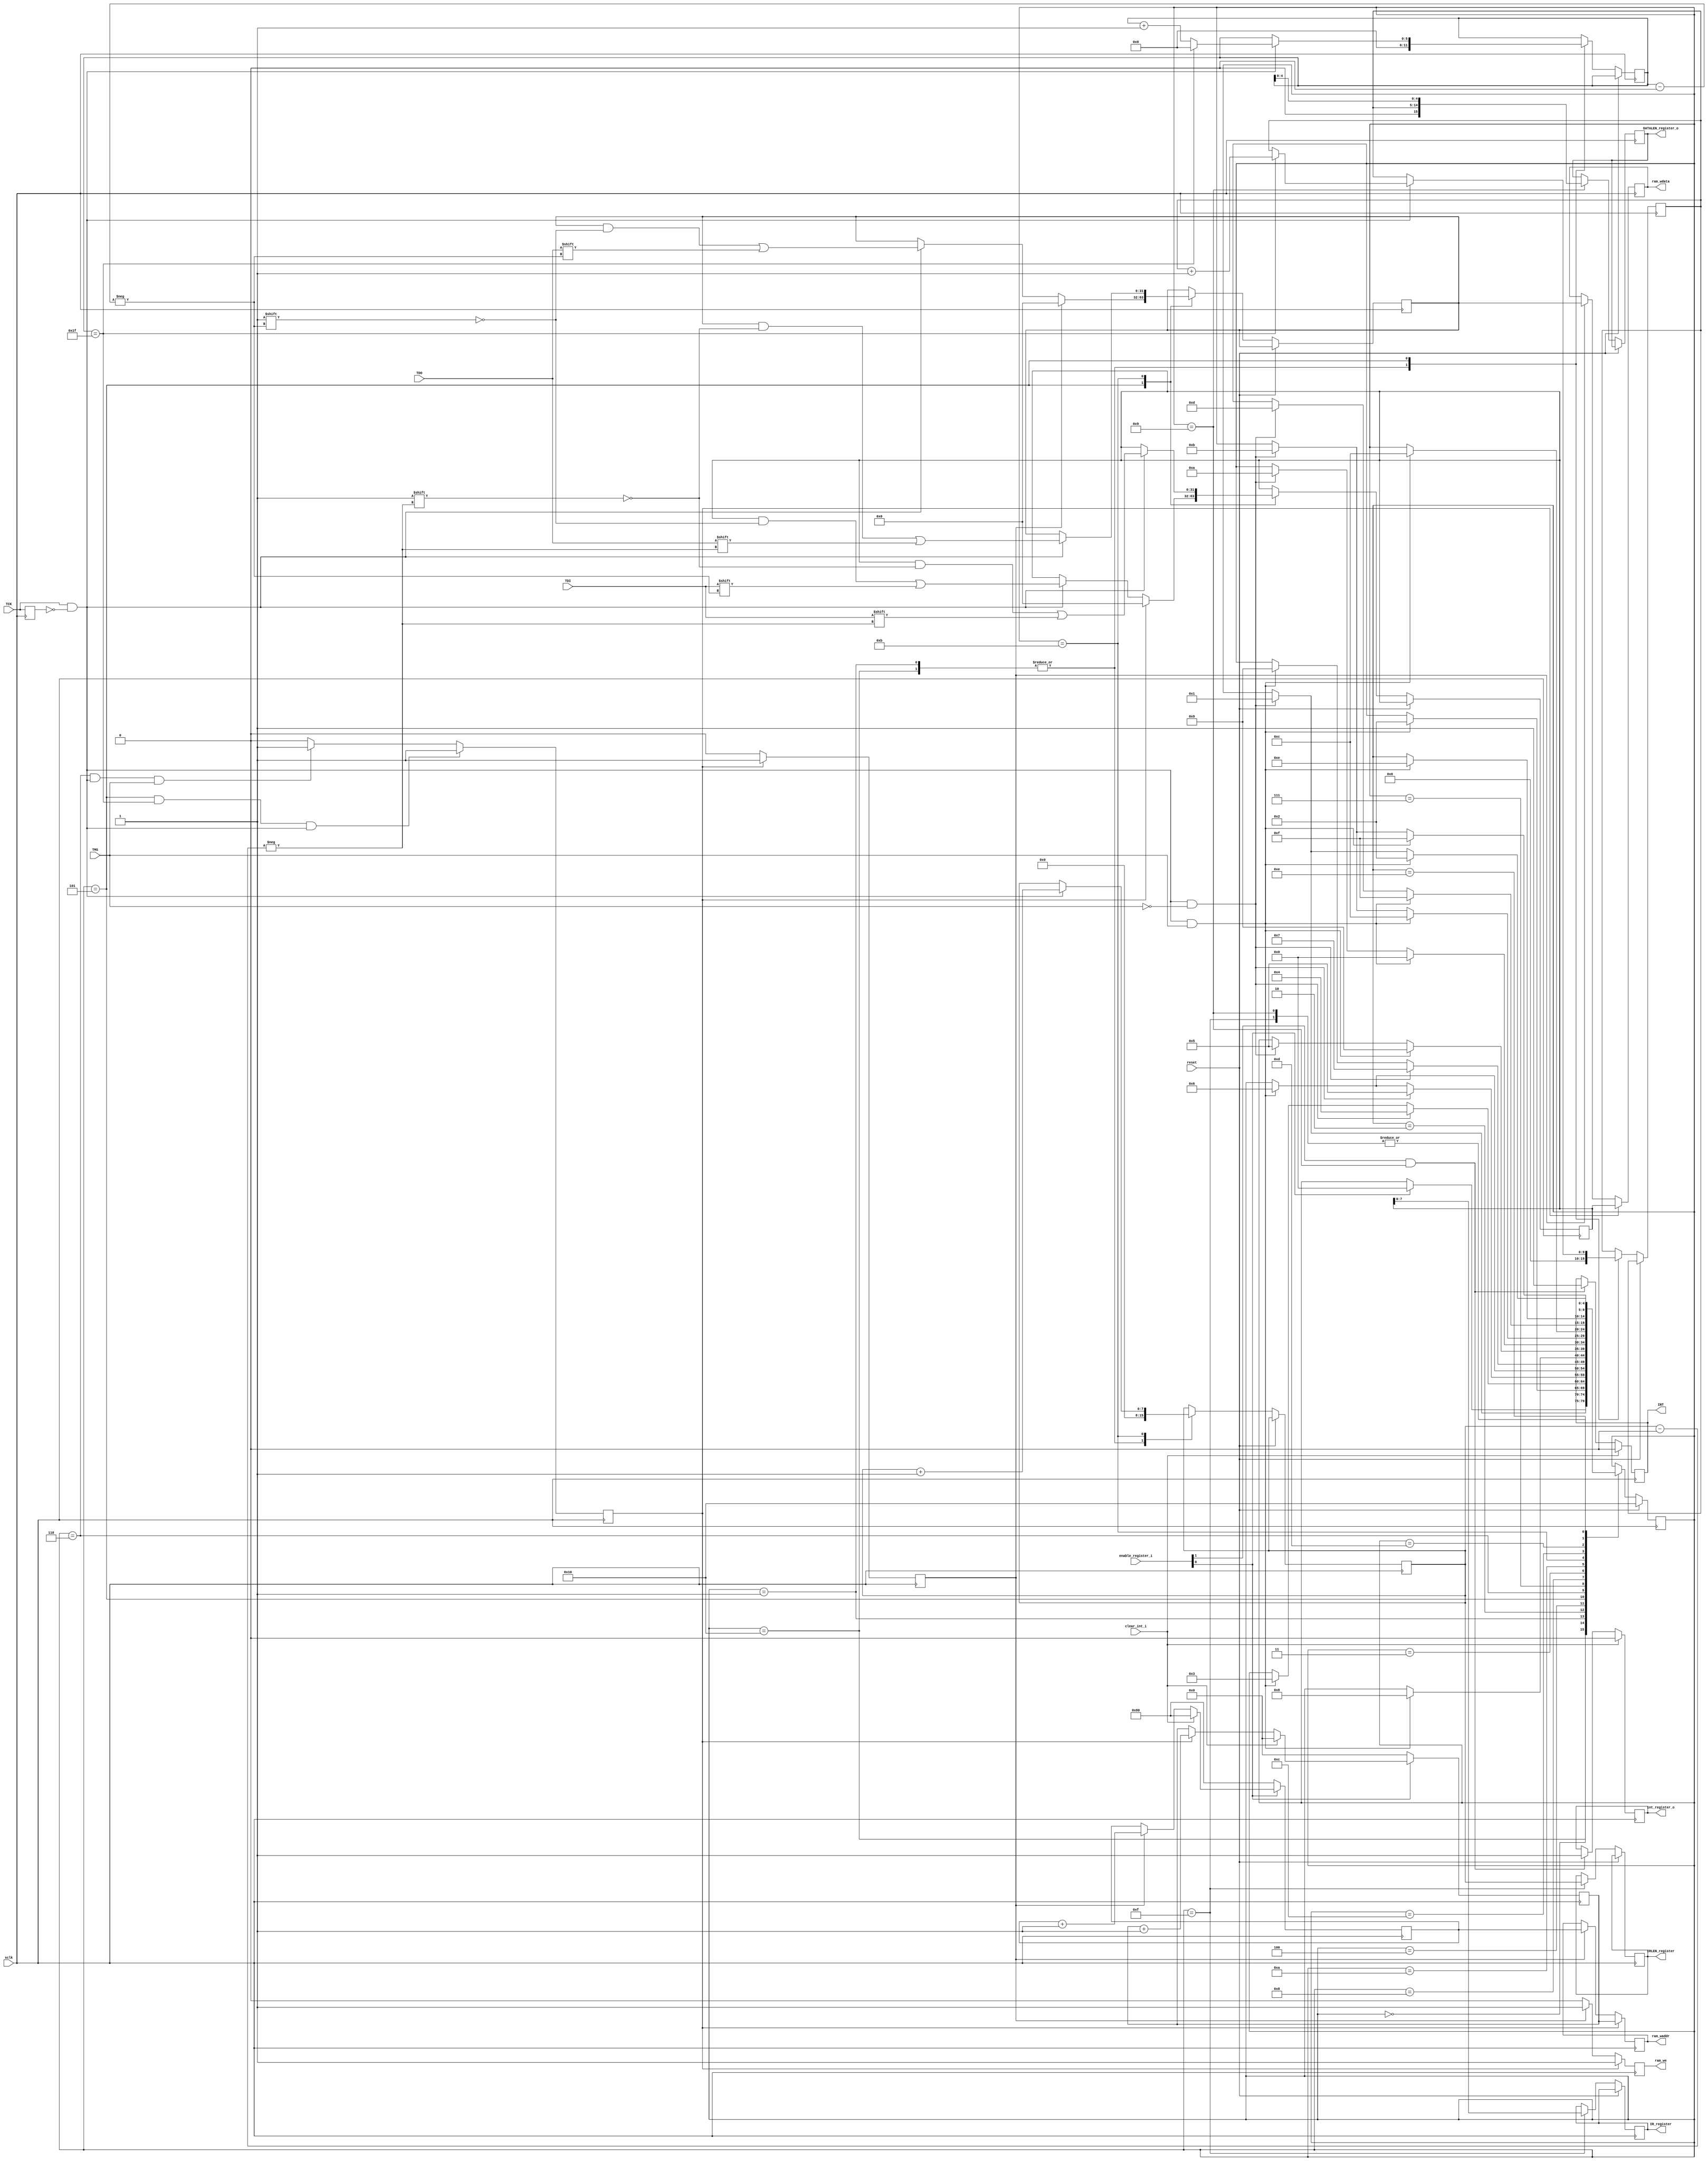


module jtag_catch(
//global signals
	input	wire		sclk,
	input	wire		reset,
	
//JTAG signals
	input	wire		TCK,
	input	wire		TMS,
	input	wire		TDI,
	input	wire		TDO,

//register signals
	input	wire	[1:0]	enable_register_i,
	output	reg				int_register_o=1'b0,
	output	reg		[7:0]	IR_register='d0,
	output	reg		[15:0]	DATALEN_register_o='d0,
	input	wire			clear_int_i,
	output	reg		[7:0]	IRLEN_register='d0,
	
//interrupt 
	output	reg			INT=1'b0,
	
//ram
	output	reg				ram_we,
	output	reg		[8:0]	ram_waddr='d0,
	output	reg		[31:0]	ram_wdata='d0
	
	

	
);


localparam
	TEST_LOGIC_RESET='h0,
	RUN_TEST	=	'h1,
	SELECT_DR_SCAN = 'h2,
	SELECT_IR_SCAN = 'h3,
	CAPTURE_DR = 'h4,
	SHIFT_DR = 'h5,
	EXIT_1_DR = 'h6,
	PAUSE_DR= 'h7,
	EXIT_2_DR = 'h8,
	UPDATE_DR = 'h9,
	
	CAPTURE_IR = 'ha,
	SHIFT_IR = 'hb,
	EXIT_1_IR = 'hc,
	PAUSE_IR='hd,
	EXIT_2_IR = 'he,
	UPDATE_IR='hf,
	
	IDLE = 'h10;
	

reg	 [4:0]	state=IDLE;

reg			TCK_r;
wire	tck_pos;


reg	[31:0]	TDI_reg='d0;
reg	[31:0]	TDO_reg='d0;

reg	[5:0]	data_cnt='d0;
reg	[9:0]	dword_cnt='d0;	
reg	[7:0]	ir_cnt='d0;

reg		ram_1_done=1'b0,ram_2_done=1'b0;
// reg	[9:0]	ram_waddr='d0;
reg		[8:0]	tdi_addr='d0,tdo_addr='h80;


always@(posedge sclk)
	TCK_r<=TCK;
	
assign tck_pos=TCK&&~TCK_r;



//fsm
always@(posedge sclk)
	if(reset)
		state<=IDLE;
	else case(state)
		IDLE:begin	
				data_cnt<='d0;
				dword_cnt<='d0;
				ir_cnt<='d0;
			if(enable_register_i[0])
				state<=TEST_LOGIC_RESET;
		
			
			
			
			
		end
	
		TEST_LOGIC_RESET:begin
			if(tck_pos&&TMS==1'b0)
				state<=RUN_TEST;
		end
		
		RUN_TEST:begin
				data_cnt<='d0;
				dword_cnt<='d0;
				ir_cnt<='d0;
			if(tck_pos&&TMS)
				state<=SELECT_DR_SCAN;
		end
		
		SELECT_DR_SCAN:begin
			if(tck_pos&&TMS==1'b0)
				state<=CAPTURE_DR;
			else if(tck_pos&&TMS)
				state<=SELECT_IR_SCAN;
		
		end
		
		CAPTURE_DR:begin
			if(tck_pos&&TMS==1'b0)
				state<=SHIFT_DR;
			else if(tck_pos&&TMS)
				state<=EXIT_1_DR;
		end
		
		SHIFT_DR:begin
			if(tck_pos&&TMS)
				state<=EXIT_1_DR;
				
			if(tck_pos)
			begin
				data_cnt<=data_cnt+1'b1;
				TDI_reg[data_cnt]<=TDI;
				TDO_reg[data_cnt]<=TDO;
				if(data_cnt=='d31) begin
					dword_cnt<=dword_cnt+1'b1;
					data_cnt<='d0;
				end
			end
			
			if(ram_1_done)
				TDI_reg<='d0;
			if(ram_2_done)
				TDO_reg<='d0;
			
		end
		
		EXIT_1_DR:begin
			if(tck_pos&&TMS==1'b0)
				state<=PAUSE_DR;
			else if(tck_pos&&TMS)
				state<=UPDATE_DR;
		end
		
		PAUSE_DR:begin
			if(tck_pos&&TMS)
				state<=EXIT_2_DR;
		end
		
		EXIT_2_DR:begin
			if(tck_pos&&TMS)
				state<=UPDATE_DR;
			else if(tck_pos&&TMS==1'b0)
				state<=SHIFT_DR;
		end
		
		UPDATE_DR:begin
			if(tck_pos&&TMS)
				state<=SELECT_DR_SCAN;
			else if(tck_pos&&TMS==1'b0)
				state<=RUN_TEST;
				
			DATALEN_register_o<={dword_cnt[9:0],data_cnt[0+:5]};	
		end
		
		SELECT_IR_SCAN:begin
			if(tck_pos&&TMS)
				state<=TEST_LOGIC_RESET;
			else if(tck_pos&&TMS==1'b0)
				state<=CAPTURE_IR;
		end
		
		CAPTURE_IR:begin
			if(tck_pos&&TMS)
				state<=EXIT_1_IR;
			else if(tck_pos&&TMS==1'b0)
				state<=SHIFT_IR;
			
		end
		
		SHIFT_IR:begin
			if(tck_pos&&TMS)
				state<=EXIT_1_IR;
				
			if(tck_pos) begin
				TDI_reg[ir_cnt]<=TDI;
				TDO_reg[ir_cnt]<=TDO;
				
				// TDI_reg<={TDI,TDI_reg[31:1]};
				// TDO_reg<={TDO,TDO_reg[31:1]};
				
				ir_cnt<=ir_cnt+1'b1;
			end	
				
		end
	
		EXIT_1_IR:begin
			if(tck_pos&&TMS)
				state<=UPDATE_IR;
			else if(tck_pos&&TMS==1'b0)
				state<=PAUSE_IR;
		end
		
		PAUSE_IR:begin
			if(tck_pos&&TMS)
				state<=EXIT_2_IR;
		end
	
		EXIT_2_IR:begin
			if(tck_pos&&TMS)
				state<=UPDATE_IR;
			else if(tck_pos&&TMS==1'b0)
				state<=SHIFT_IR;
		end
		
		UPDATE_IR:begin
			if(tck_pos&&TMS)
				state<=SELECT_DR_SCAN;
			else if(tck_pos&&TMS==1'b0)
				state<=RUN_TEST;
				
			IR_register<=TDI_reg;	
			IRLEN_register<=ir_cnt;
			
		end
		
	endcase
	
	
//ram
always@(posedge sclk)
	if(state==SHIFT_DR&&data_cnt=='d31&&tck_pos)
		ram_1_done<=1'b1;
	else if(state==EXIT_1_DR&&tck_pos&&TMS)
		ram_1_done<=1'b1;
	else 
		ram_1_done<=1'b0;
	
always@(posedge sclk)
	if(ram_1_done)
		ram_2_done<=1'b1;
	else
		ram_2_done<=1'b0;
		
always@(posedge sclk)
	if(enable_register_i[0]==1'b0)
		tdi_addr<='d0;
	else if(clear_int_i)
		tdi_addr<='d0;
	else if(ram_1_done)
		tdi_addr<=tdi_addr+1'b1;
	
always@(posedge sclk)
	if(enable_register_i[0]==1'b0)
		tdo_addr<='h80;
	else if(clear_int_i)
		tdo_addr<='h80;
	else if(ram_2_done)
		tdo_addr<=tdo_addr+1'b1;	

always@(posedge sclk)
	if(ram_1_done) begin
		ram_we<=1'b1;
		ram_waddr<=tdi_addr;
		ram_wdata<=TDI_reg;
	end
	else if(ram_2_done) begin
		ram_we<=1'b1;
		ram_waddr<=tdo_addr;
		ram_wdata<=TDO_reg;
	end
	else 
		ram_we<=1'b0;

		

	
//interrupt	
always@(posedge sclk)
	if(clear_int_i) begin
		INT<=1'b0;
		int_register_o<=1'b0;
	end
	else if(enable_register_i[1]&&state==UPDATE_DR)
	begin
		INT<=1'b1;
		int_register_o<=1'b1;
	end
	
	
	
 


endmodule